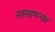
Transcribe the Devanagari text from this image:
सालामन्का